Civil Veterinary Dept. Bombay admin report 1893-99 - 1893-1899
Year: 1893
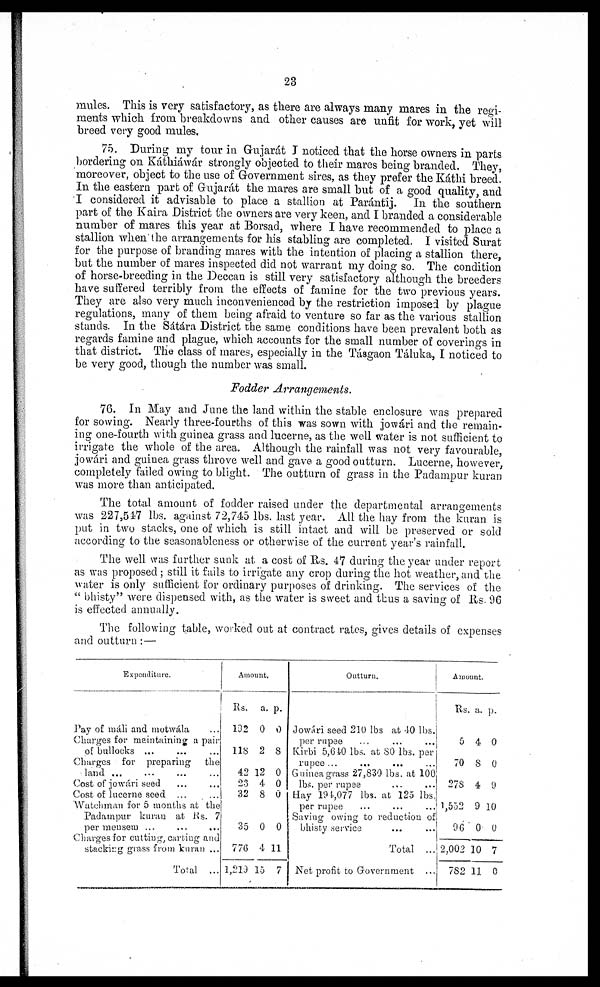
23
mules. This is very satisfactory, as there are always many mares in the regi-
ments which from breakdowns and other causes are unfit for work, yet will
breed very good mules.
75. During my tour in Gujarát I noticed that the horse owners in parts
bordering on Káthiáwár strongly objected to their mares being branded. They,
moreover, object to the use of Government sires, as they prefer the Káthi breed.
In the eastern part of Gujarát the mares are small but of a good quality, and
I considered it advisable to place a stallion at Parántij. In the southern
part of the Kaira District the owners are very keen, and I branded a considerable
number of mares this year at Borsad, where I have recommended to place a
stallion when the arrangements for his stabling are completed. I visited Surat
for the purpose of branding mares with the intention of placing a stallion there,
but the number of mares inspected did not warrant my doing so. The condition
of horse-breeding in the Deccan is still very satisfactory although the breeders
have suffered terribly from the effects of famine for the two previous years.
They are also very much inconvenienced by the restriction imposed by plague
regulations, many of them being afraid to venture so far as the various stallion
stands. In the Sátára District the same conditions have been prevalent both as
regards famine and plague, which accounts for the small number of coverings in
that district. The class of mares, especially in the Tásgaon Táluka, I noticed to
be very good, though the number was small.
Fodder Arrangements.
76. In May and June the land within the stable enclosure was prepared
for sowing. Nearly three-fourths of this was sown with jowári and the remain-
ing one-fourth with guinea grass and lucerne, as the well water is not sufficient to
irrigate the whole of the area. Although the rainfall was not very favourable,
jowári and guinea grass throve well and gave a good outturn. Lucerne, however,
completely failed owing to blight. The outturn of grass in the Padampur kuran
was more than anticipated.
The total amount of fodder raised under the departmental arrangements
was 227,547 lbs. against 72,745 lbs. last year. All the hay from the kuran is
put in two stacks, one of which is still intact and will be preserved or sold
according to the seasonableness or otherwise of the current year's rainfall.
The well was further sunk at a cost of Rs. 47 during the year under report
as was proposed; still it fails to irrigate any crop during the hot weather, and the
water is only sufficient for ordinary purposes of drinking. The services of the
"bhisty" were dispensed with, as the water is sweet and thus a saving of Rs. 96
is effected annually.
The following table, worked out at contract rates, gives details of expenses
and outturn:—
Expenditure.
Pay of máli and motwála ...
Charges for maintaining a pair
of bullocks ... ... ...
Charges for preparing the
land ... ... ... ...
Cost of jowári seed ... ...
Cost of lucerne seed ...
...
Watchman for 5 months at the
Padampur kuran at Rs. 7
per mensem ... ... ...
Charges for cutting, carting and
stacking grass from kuran ...
Total ...
Amount.
Rs.
192
118
42
23
32
35
776
1,219
a.
0
2
12
4
8
0
4
15
p.
0
8
0
0
0
0
11
7
Outturn.
Jowári seed 210 lbs at 40 lbs.
per rupee ... ... ...
Kirbi 5,640 lbs. at 80 lbs. per
rupee ... ... ... ...
Guinea grass 27,830 lbs. at 100
lbs. per rupee
Hay 194,077 lbs. at 125 lbs.
per rupee ... ... ...
Saving owing to reduction of
bhisty service ... ...
Total ...
Net profit to Government ...
Amount.
Rs.
5
70
278
1,552
96
2,002
782
a.
4
8
4
9
0
10
11
p.
0
0
9
10
0
7
0